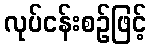
လုပ်ငန်းစဉ်ဖြင့်